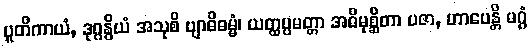
ပူတိကာယံ, ဒုဂ္ဂန္ဓိယံ အသုစိ ဗျာဓိဓမ္မံ၊ ယတ္ထပ္ပမတ္တာ အဓိမုစ္ဆိတာ ပဇာ, ဟာပေန္တိ မဂ္ဂံ